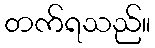
တက်ရသည်။